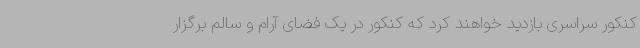
کنکور سراسری بازدید خواهند کرد که کنکور در یک فضای آرام و سالم برگزار